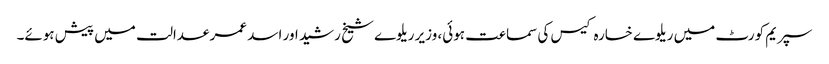
سپریم کورٹ میں ریلوے خسارہ کیس کی سماعت ہوئی، وزیر ریلوے شیخ رشید اور اسد عمر عدالت میں پیش ہوئے۔